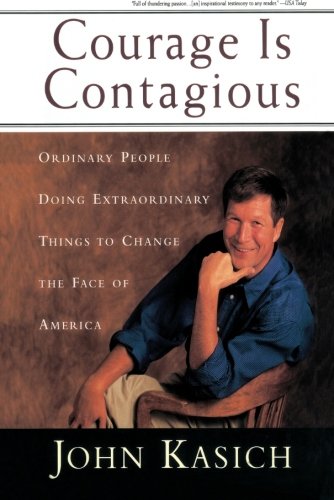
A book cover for Courage Is Contagious: Ordinary People Doing Extraordinary Things To Change The Face Of America; John Kasich; Business & Money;